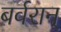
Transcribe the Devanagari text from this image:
बर्वरान्